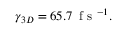
\gamma _ { 3 D } = 6 5 . 7 \, \mathrm { ~ f ~ s ~ } ^ { - 1 } .